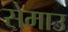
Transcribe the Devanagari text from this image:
सेमाउ